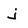
Character: j